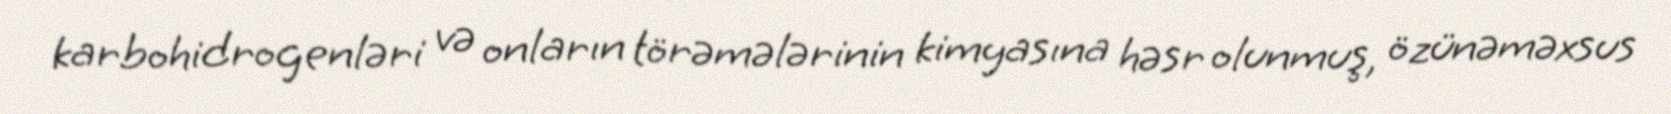
karbohidrogenləri və onların törəmələrinin kimyasına həsr olunmuş, özünəməxsus